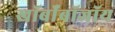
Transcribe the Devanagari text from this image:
खॉर्बॉबॉजॉय